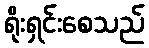
ရိုးရှင်းစေသည်